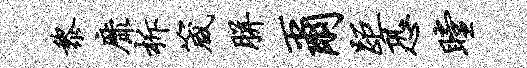
黎靡柝箴胼尔距恐瞠